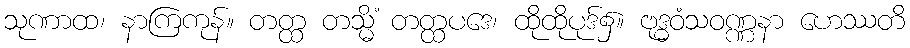
သုဏာထ၊ နာကြကုန်။ တတ္ထ တသ္မိံ တတ္ထပဒေ၊ ထိုထိုပုဒ်၌။ ဗုဒ္ဓဝံသဝဏ္ဏနာ ဟေဿတိ